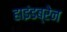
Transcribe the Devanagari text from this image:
हाइंडब्रेन